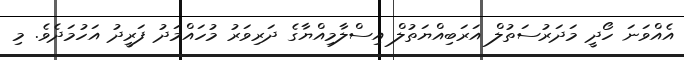
އެއްވަނަ ހޯދީ މަދަރުސަތުލް އަރަބިއްޔަތުލް އިސްލާމިއްޔާގެ ދަރިވަރު މުހައްމަދު ފަރީދު އަހުމަދެވެ. މި